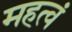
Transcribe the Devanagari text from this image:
महत्वं